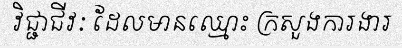
វិជ្ជាជីវៈ ដែលមានឈ្មោះ ក្រសួងការងារ